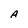
Character: A